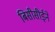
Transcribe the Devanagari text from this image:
बिसीसीईने